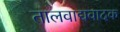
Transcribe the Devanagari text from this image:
तालवाद्यवादक